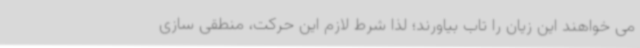
می خواهند این زیان را تاب بیاورند؛ لذا شرط لازم این حرکت، منطقی سازی